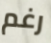
رغم